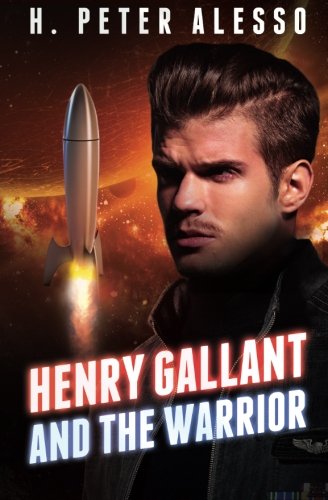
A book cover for Henry Gallant and the Warrior (The Henry Gallant Saga) (Volume 3); H. Peter Alesso; Science Fiction & Fantasy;